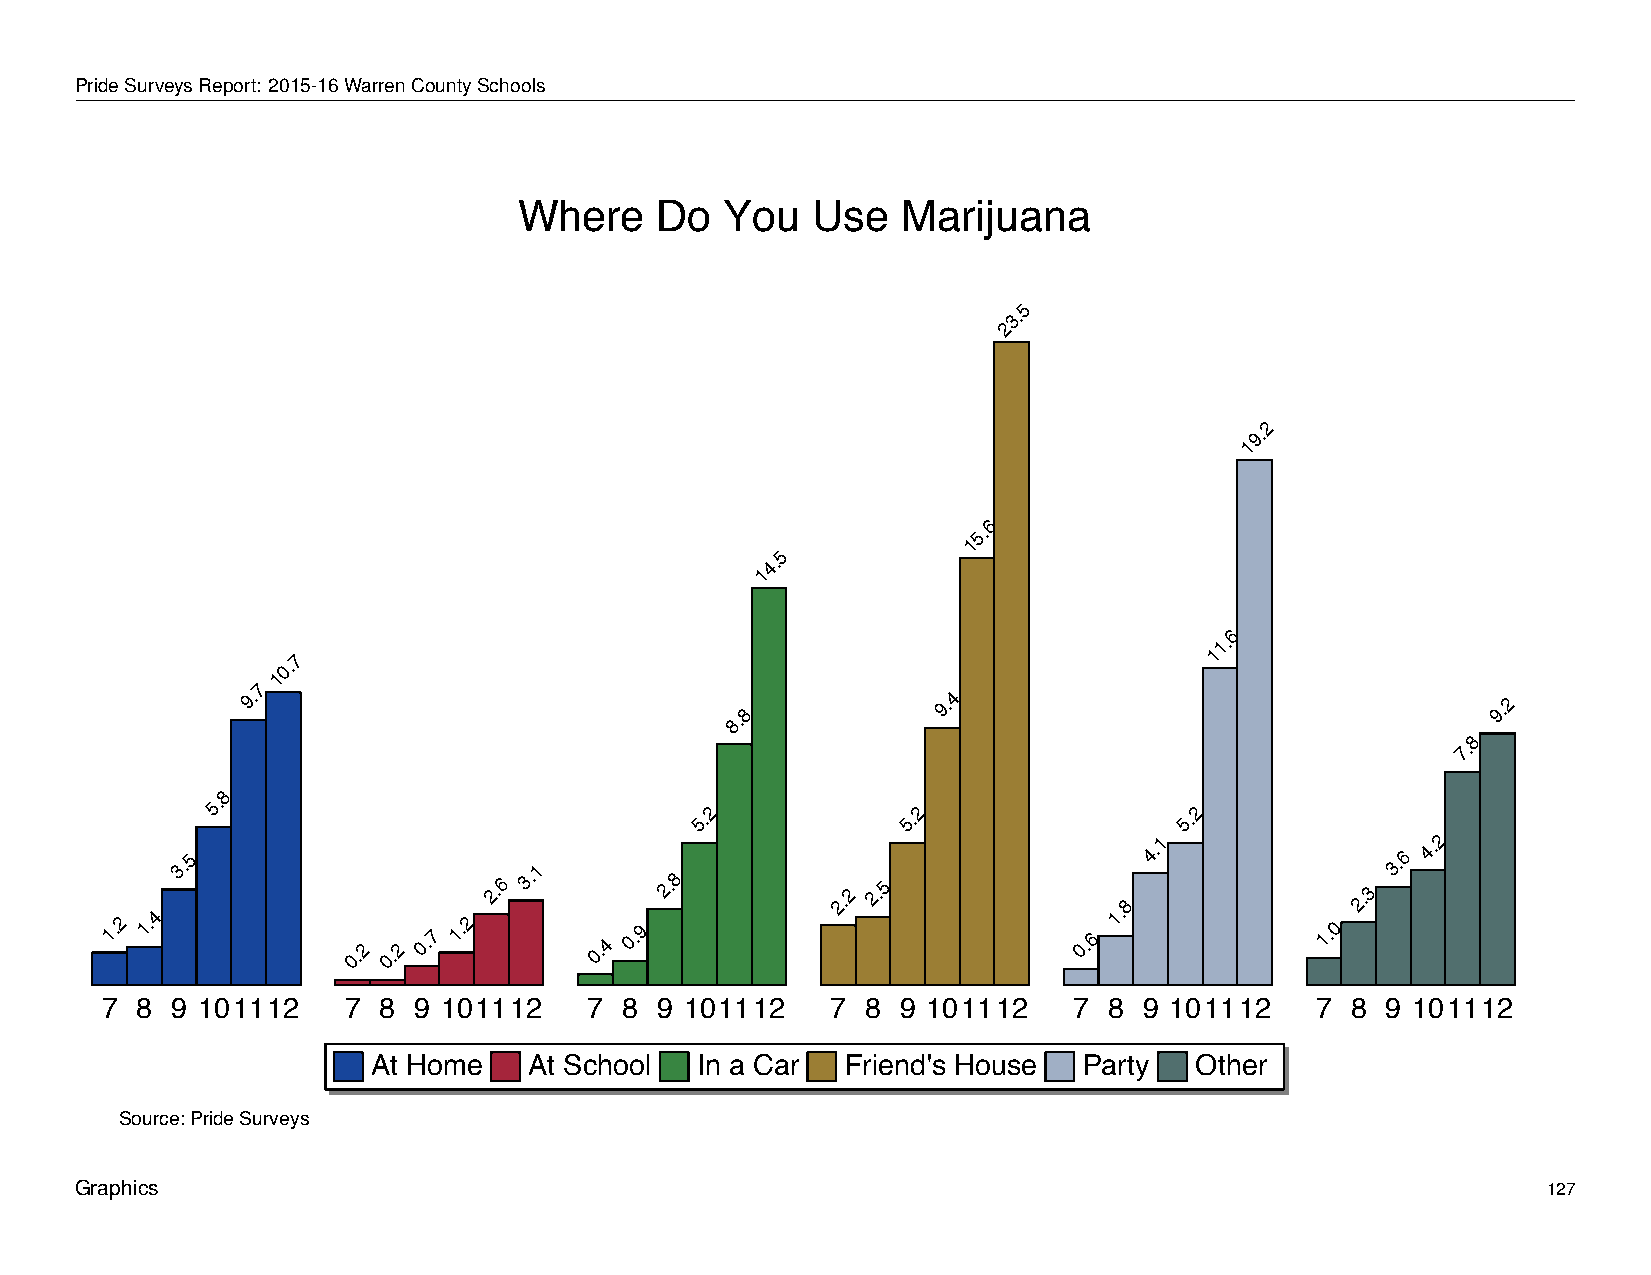
Where         Do      You       Use      Marijuana
 PrideSurveysReport: 2015-16WarrenCountySchools
 Where    Do   You   Use   Marijuana
 5
 3.
 2
 2
 9.
 1
 6
 5.
 1
 5
 4.
 1
 6
 1.
 0.7                                                          1
 1
 7
 9.
 8.8
 9.4                                  9.2
 8
 7.
 8
 5.
 5.2           5.2               5.2
 1.2 1.4
 3.5
 0.2 0.2 0.7 1.2
 2.6
 3.1
 0.4 0.9
 2.8        2.2 2.5
 0.6
 1.8
 4.1
 1.0
 2.3
 3.6
 4.2
 7 8 9 101112    7 8 9 101112    7 8 9 101112    7 8  9 101112   7 8  9 101112   7 8  9 101112
 At Home   At School  In a Car  Friend's House  Party  Other
 Source: Pride Surveys
 Graphics                                                                                         127